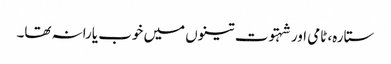
ستارہ، ٹامی اور شہتوت تینوں میں خوب یارانہ تھا۔